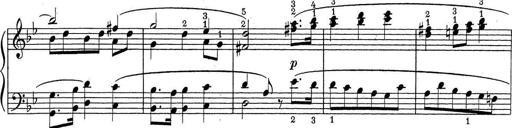
Title: ÄŒeskÃ© Sonatiny
Composer: Various